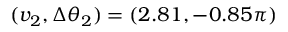
( v _ { 2 } , \Delta \theta _ { 2 } ) = ( 2 . 8 1 , - 0 . 8 5 \pi )